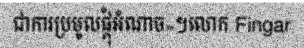
ជាការប្រមូលផ្តុំអំណាច»។លោក Fingar